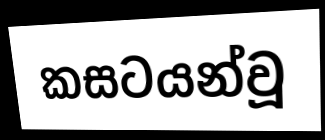
කසටයන්වූ